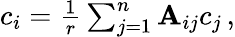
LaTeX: \begin{array}{r}{c_{i}=\frac{1}{r}\sum_{j=1}^{n}{\mathbf A}_{ij}c_{j}\, ,}\end{array}